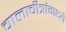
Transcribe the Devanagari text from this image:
चालाचीत्रांमध्ये